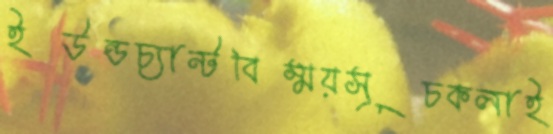
ইউন্ডচ্যান্টবিস্ময়সূচকলাই